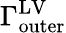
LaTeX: \Gamma_{\mathrm{{outer}}}^{\mathrm{{LV}}}